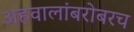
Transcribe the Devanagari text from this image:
अहवालांबरोबरच